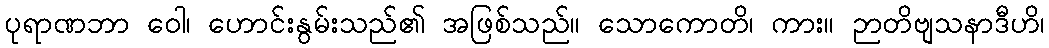
ပုရာဏဘာ ဝေါ၊ ဟောင်းနွမ်းသည်၏ အဖြစ်သည်။ သောကောတိ၊ ကား။ ဉာတိဗျသနာဒီဟိ၊